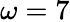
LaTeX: \omega=7